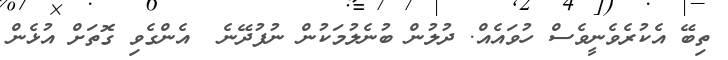
ތިބޭ އެކުރެވެނީވެސް ހުވައެއް. ދުލުން ބުނެލުމަކުން ނުފުދޭނެ  އެންގެވި ގޮތަށް އުޅެން